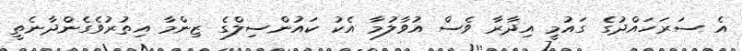
އެ ސަރަހައްދުގެ ގައުމީ އިދާރާ ވެސް އުވާލުމާ އެކު ކައުންސިލްގެ ޒިންމާ އިތުރުވެގެންދާނެތީ